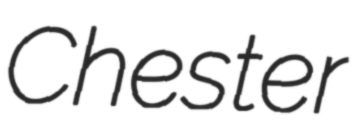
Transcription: Chester